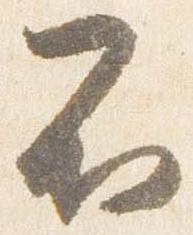
不